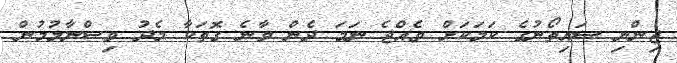
ޖިންނި ސައިތޯނުގެ ކަމަކަށް ވެއްޖެ ނަމަ ދެން ވާނެ ގޮތަކާ މެދު ވިސްނާލުމުން